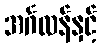
အင်္ဂလန်နှင့်